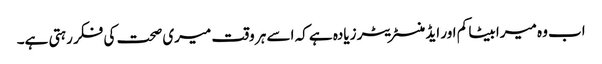
اب وہ میرا بیٹا کم اور ایڈمنسٹریٹر زیادہ ہے کہ اسے ہر وقت میری صحت کی فکر رہتی ہے۔